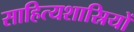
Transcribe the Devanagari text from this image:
साहित्यशास्रियों